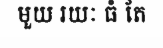
មួយ រយៈ ធំ តែ